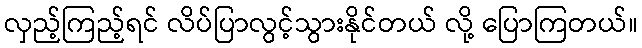
လှည့်ကြည့်ရင် လိပ်ပြာလွင့်သွားနိုင်တယ် လို့ ပြောကြတယ်။